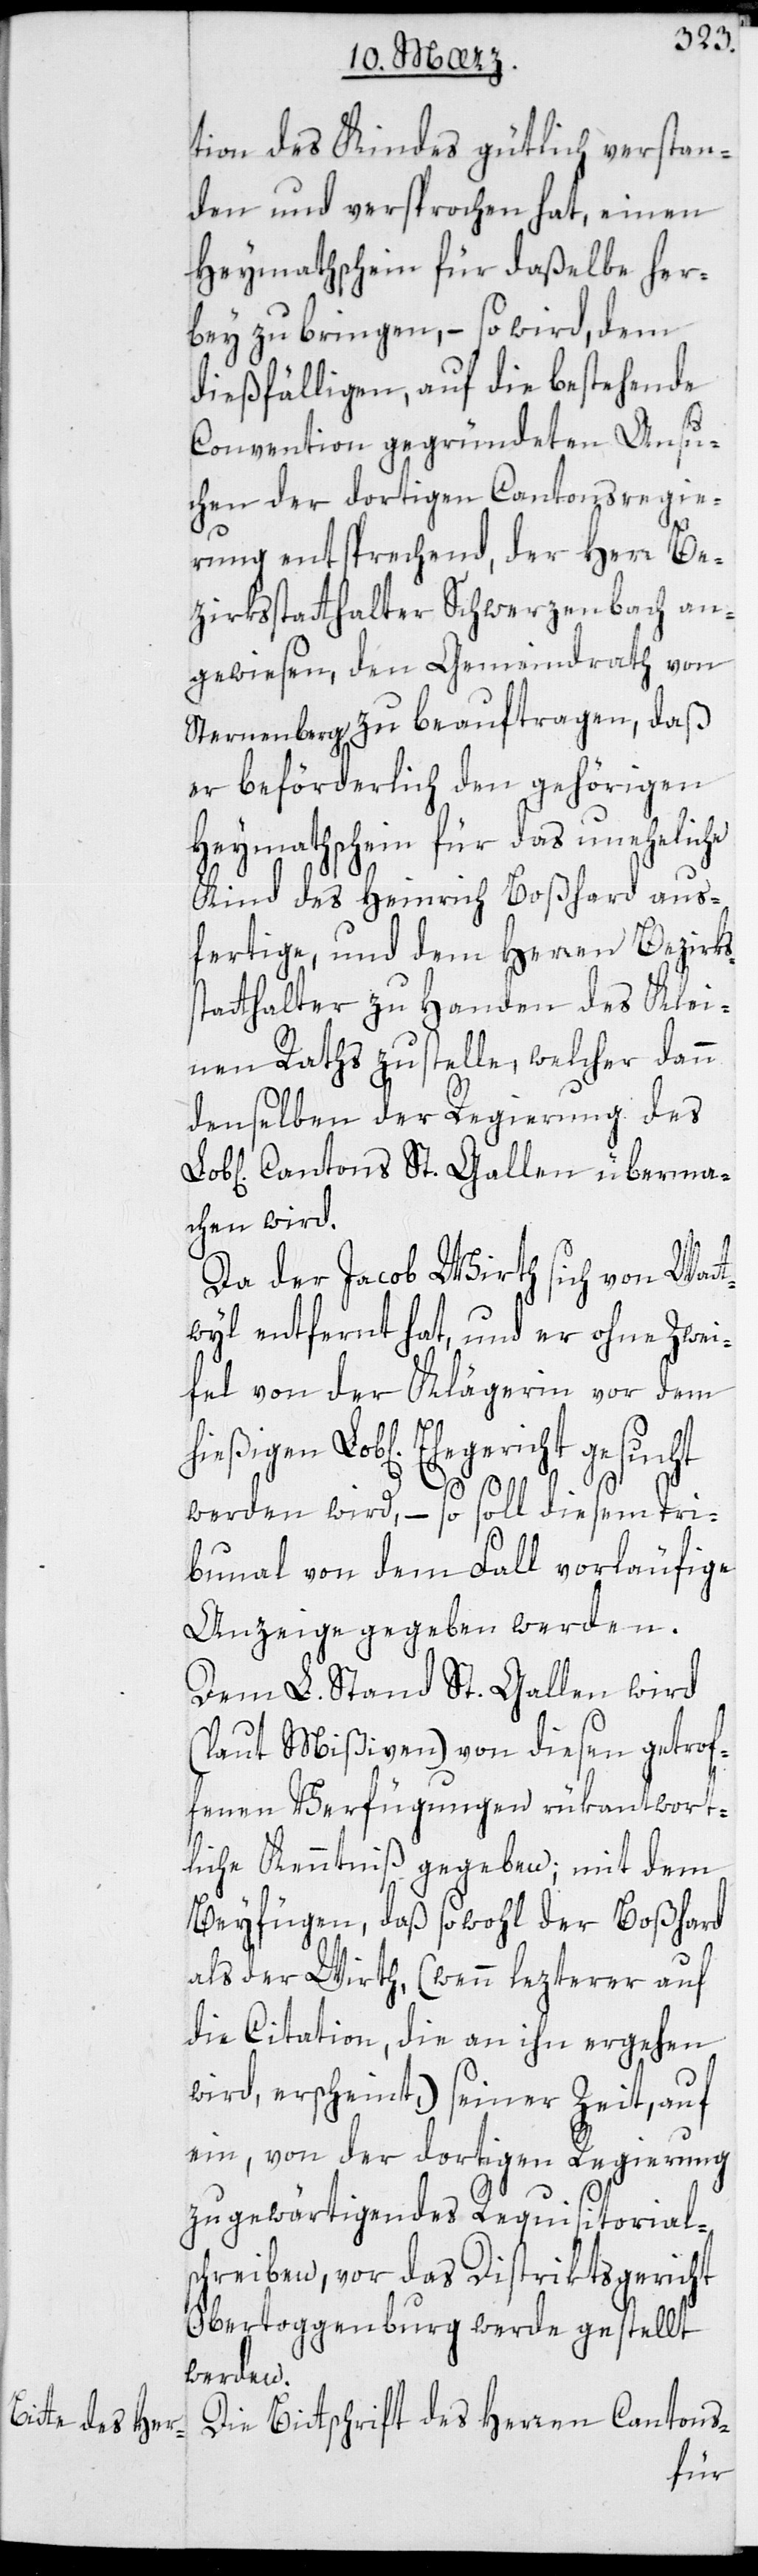
tion des Kindes gütlich verstan¬
den und versprochen hat, einen
Heymathschein für daßelbe her¬
bey zu bringen, – so wird, dem
dießfälligen, auf die bestehende
Convention gegründeten Ansu¬
chen der dortigen Cantonsregie¬
rung entsprechend, der Herr Be¬
zirksstatthalter Schwerzenbach an¬
gewiesen, den Gemeindrath von
Sternenberg zu beauftragen, daß
er beförderlich den gehörigen
Heymathschein für das uneheliche
Kind des Heinrich Boßhard aus¬
fertige, und dem Herren Bezirks¬
statthalter zu Handen des Klei¬
nen Raths zustelle, welcher dann
denselben der Regierung des
Cantons St. Gallen überma¬
chen wird.
Da der Jacob Wirth sich von Watt¬
wyl entfernt hat und er ohne Zwei¬
fel von der Klägerin vor dem
Lob[lichen] Ehegericht gesucht
werden wird, – so soll diesem Tri¬
bunal von dem Fall vorläufige
Anzeige gegeben werden.
Dem L. Stand St. Gallen wird
(laut Mißiven) von diesen getrof¬
fenen Verfügungen rükantwort¬
liche Kenntniß gegeben; mit dem
Beyfügen, daß sowohl der Boßhard
als der Wirth (wenn lezterer auf
die Citation, die an ihn ergehen
wird, erscheint) seiner Zeit auf
ein, von der dortigen Regierung
zu gewärtigendes Requisitorial¬
schreiben, vor das Distriktsgericht
Obertoggenburg werde gestellt
werden.
Die Bittschrift des Herren Cantons-